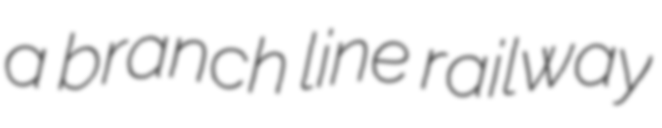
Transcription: a branch line railway